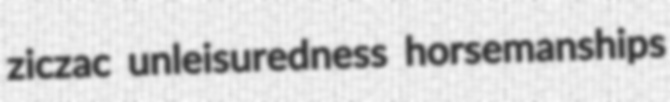
ziczac unleisuredness horsemanships